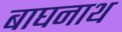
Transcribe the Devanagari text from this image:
बाघनाथ